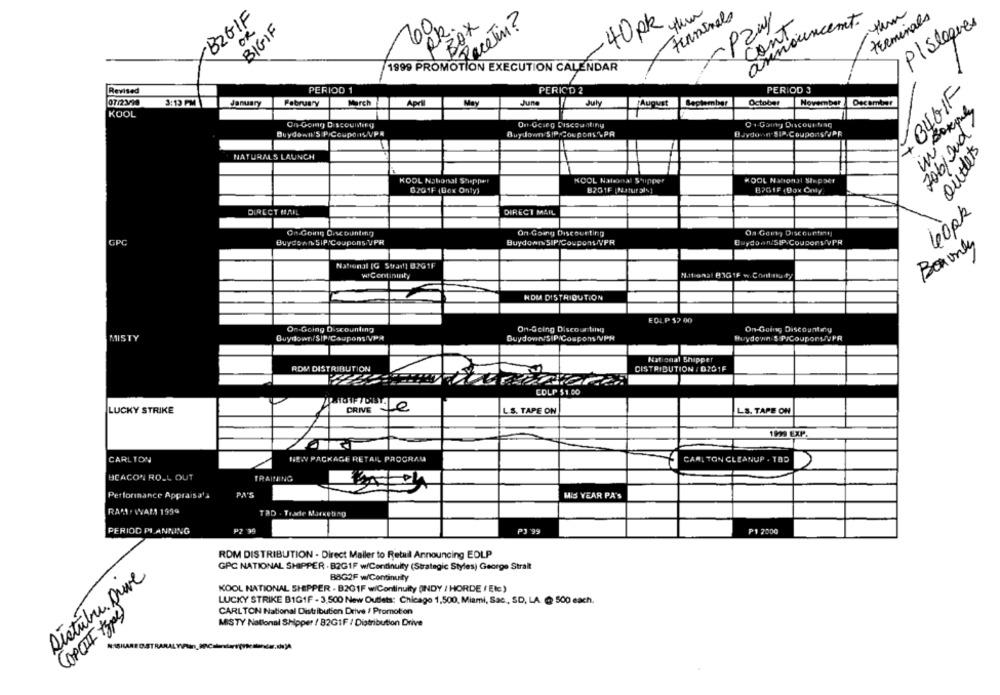
-B2GIF
60
VOR.
Recein?
terminals
announcemt.
terminals
OR
BIGIF
BOX
40 pk
PZwy
cont.
Plsloques
1999 PROMOTION EXECUTION CALENDAR
Revised
PERIOD 1
PERICO 2
PERIOD 3
+B4GIF
07/2:3/90
3:13 PM
January
February
March
Apri
May
June
July
August
September
October
November
December
KOOL
706/and/
On-Going Discounting
On-Going Discountiny
0 1-Going Discour Nag
Buydown'S PiCoupons/VPR
Buydown SIP/Coupons VPA
Bavdown SIP.Coupons?JPR
outlets
NATURALS LAUNCH
KOOL Naborsal Shipper
KOOL National S'upper
KOOL National Stepper
6201F (Box Only)
B201F [Natural%]
B2GIF (Box Caly
60pk
DIRECT MAIL
DIRECT MAIL
On Going Oscounting
On Going Discourting
Oa Going Discourting
Buydown SIP/Coupons UPR
Buydown SIP/Coupons NPR
Buydonn/SIP.Coupons/VPR
Boxonly
National [G Stran] B2G1F
wIContininty
National BIG 1F w.Continuty
HOM DISTRIBUTION
EOLP 57 00
On-Going Discounting
On-Going Discour ting
On-Going Discountry
MISTY
Duydown/SIP/CouponsNVPH
Muydown $ P/CouponsVPR
National Shipper
ROM DISTRIBUTION
DISTRIBUTION / 0291F
COLP $1.00
LUCKY STRIKE
DRIVE 12
L.S. TAPE ON
LS. TAPE ON
1939 EXP.
CARLTON
NEW PACKAGE RETAR PROGRAM
CARL TON CLEANUP . TAD
BEACON ROLL OUT
TRAINING
PA'S
Performance Appraisa's
MIS YEAR PA'S
TAD . Trade Marketing
PERIOD PLANNING
PZ 99
PJ 99
P1 2000
ROM DISTRIBUTION - Direct Mailer to Retail Announcing EDLP
GPC NATIONAL SHIPPER . B2G1F w/Continuity (Strategic Styles) George Strait
Déstubre Drive
B8G2F w/Continuity
KOOL NATIONAL SHIPPER - B201F wiContinuity (INDY / HORDE / Etc)
LUCKY STRIKE B1GIF - 3,500 New Outlets: Chicago 1,500, Miami, Sac, SD, LA. @ 500 each.
(OPCII type)
CARLTON National Distribution Drive / Promotion
MISTY National Shipper / 82G1F / Distribution Drive
OSTRA